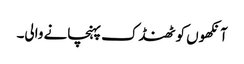
آنکھوں کو ٹھنڈک پہنچانے والی۔